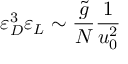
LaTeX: \varepsilon _ { D } ^ { 3 } \varepsilon _ { L } \sim \frac { \tilde { g } } { N } \frac { 1 } { u _ { 0 } ^ { 2 } }